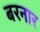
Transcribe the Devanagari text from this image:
बरनार